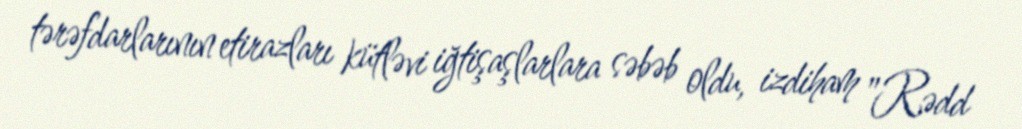
tərəfdarlarının etirazları kütləvi iğtişaşlarlara səbəb oldu, izdiham "Rədd